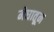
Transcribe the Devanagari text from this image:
मेघातून